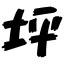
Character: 坪